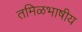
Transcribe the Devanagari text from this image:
तमिळभाषीय